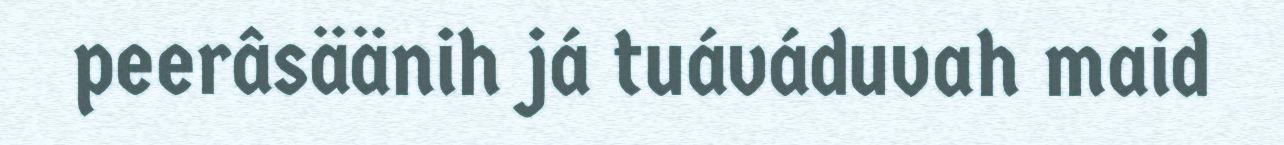
peerâsäänih já tuáváduvah maid